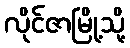
လိုင်ဇာမြို့သို့